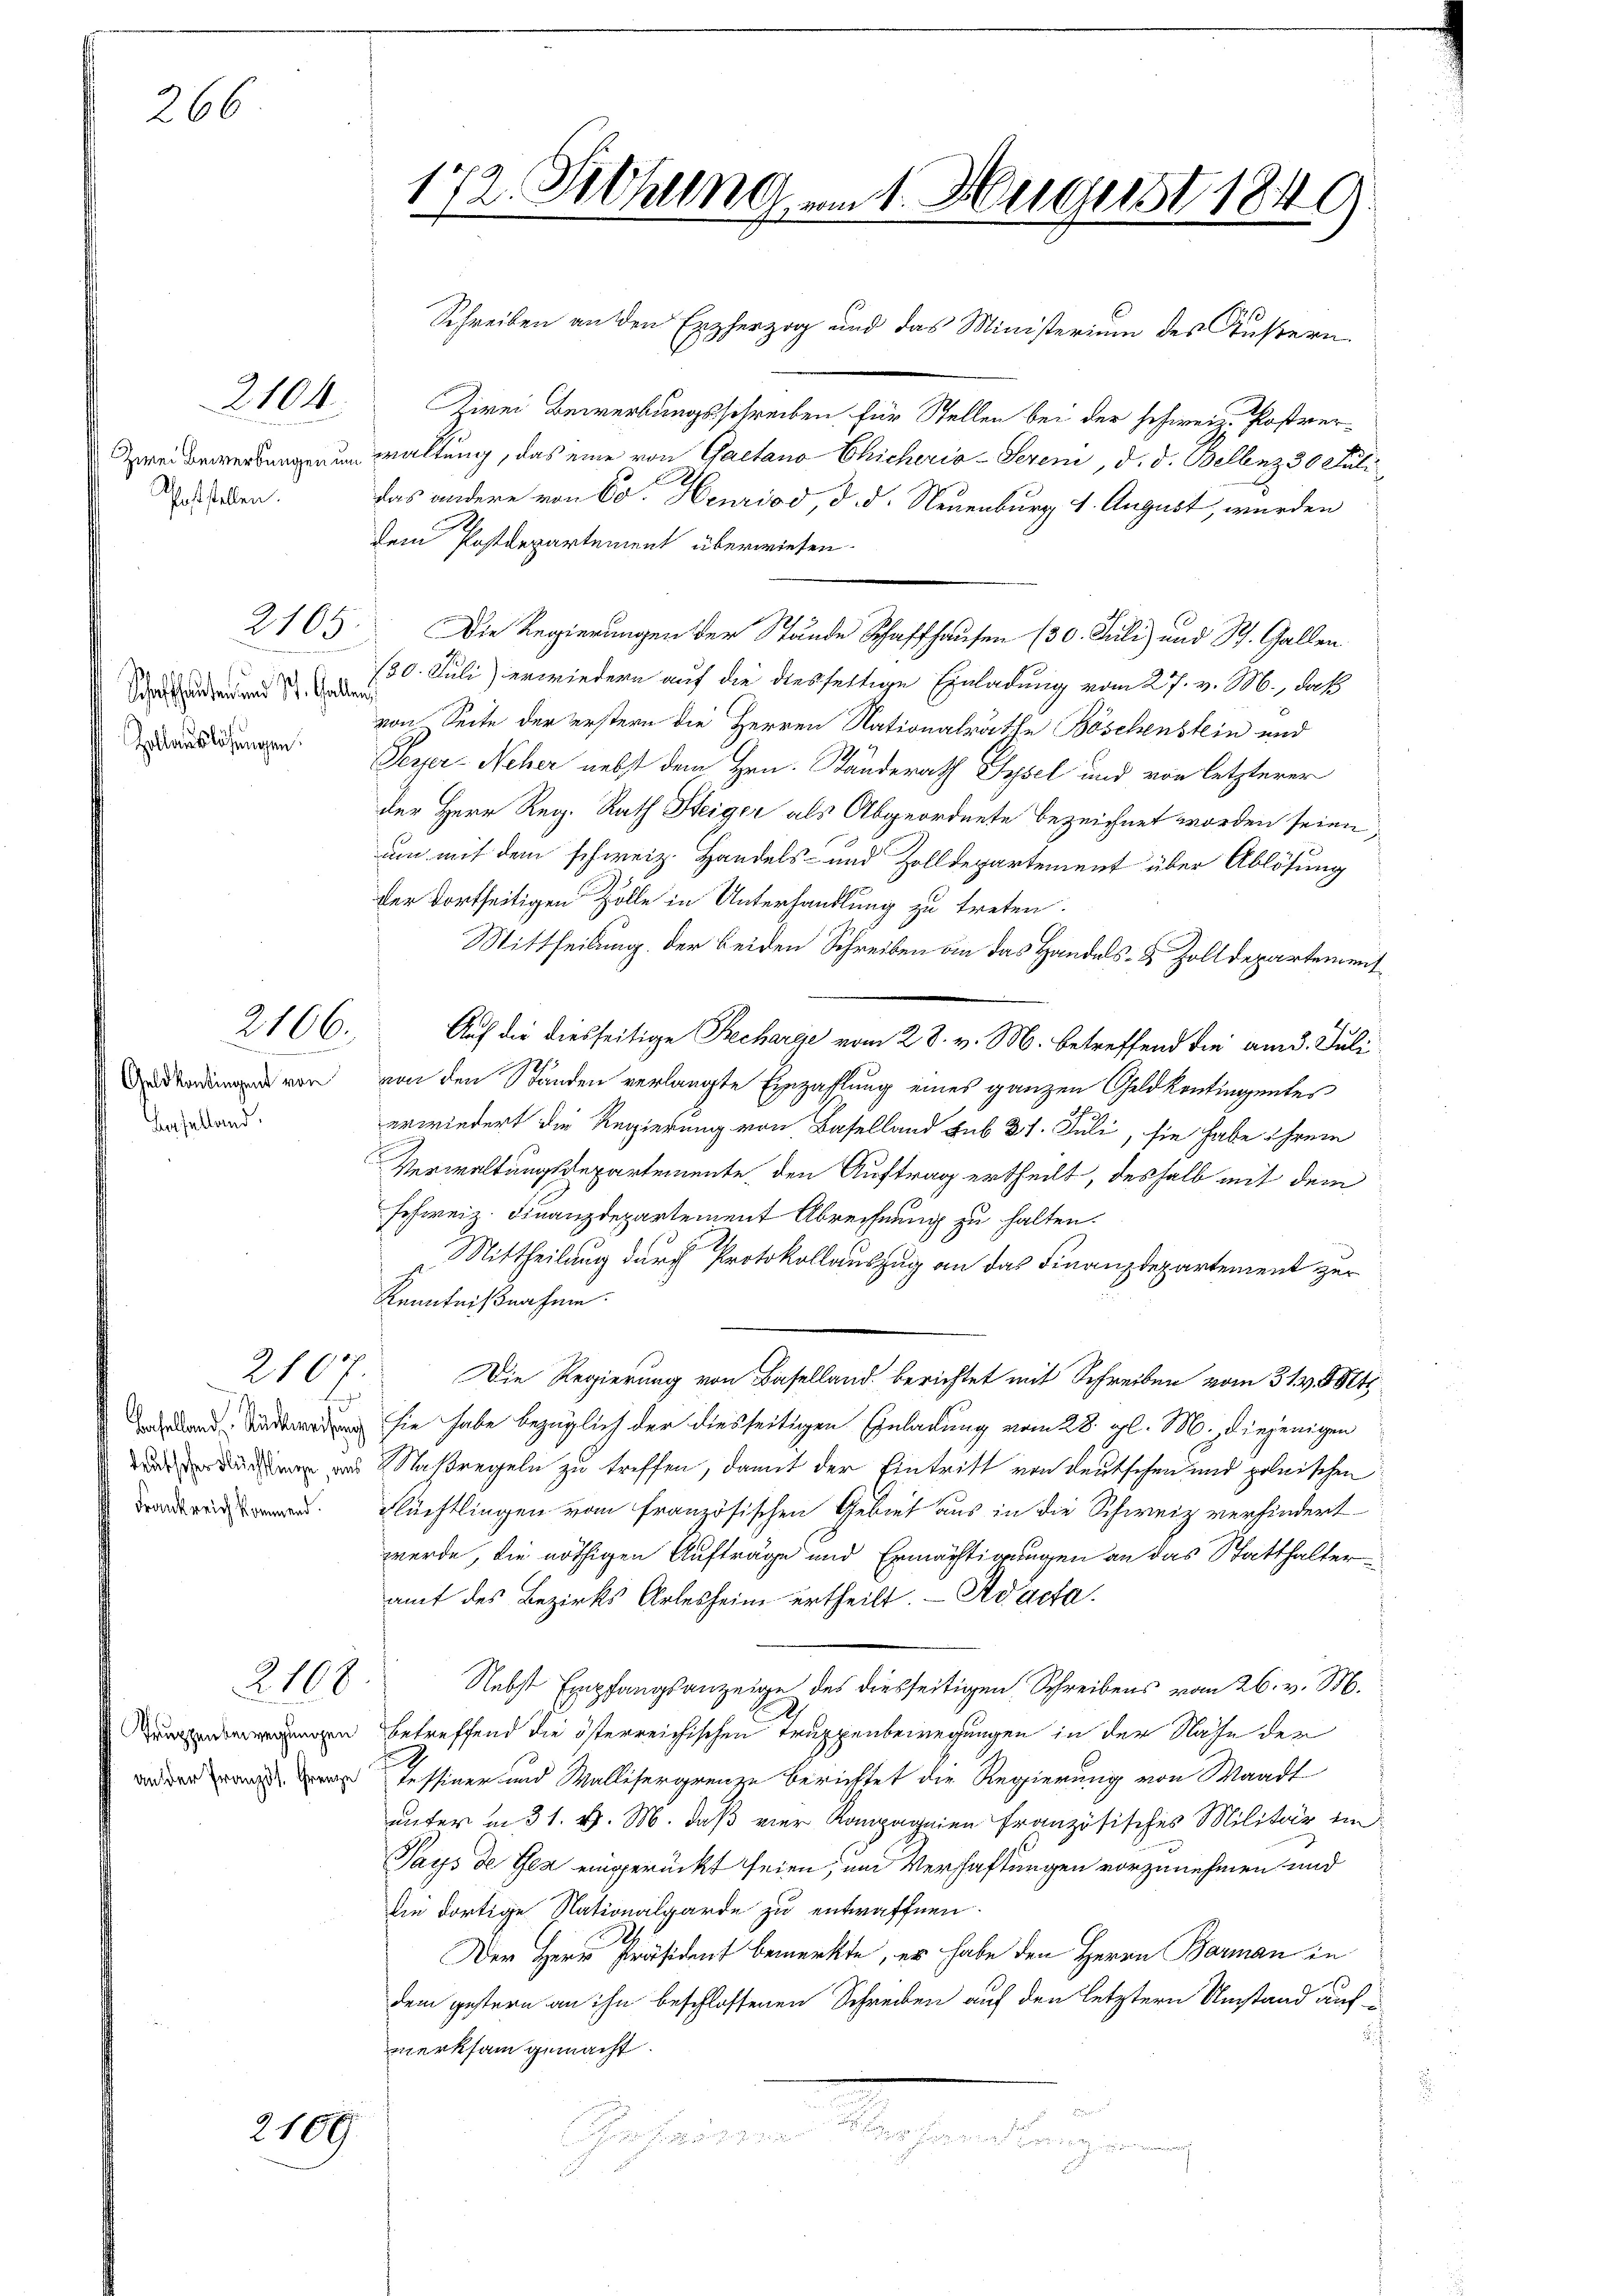
266

Zwei Bewerbungen und
Poststellen.

Schaffhausen und St. Gallen
Zollauslösungen.

2107

2104

2165.

2166.

Geld kontingent von
Baselland.

Baselland Rückweisung
deutscher Flüchtlinge, aus
Frankreich kommend.

2108

Truppenbewegungen
an der Französ. Grenze

2109

172. Diehung am 1. August 1849

Schreiben an den Erzherzog und das Ministerium des Äußern.
Zirei Bewerbungsschreiben für Stellen bei der schweiz. Postverwaltung, das eine von Gaetano Chicheria-Seren, d. d. Bellenz 30 Juli
das andere von Co. Henriod, d. d. Neuenburg 1. August, wurden
dem Postdepartement überwiesen.
Die Regierungen der Stände Schaffhausen (30. Juli) und St. Gallen.
(30. Juli) erwiedern auf die diesfaltige Einladung vom 27. v. M., daß
von Seite der erstern die Herren Nationalräthe Böschenstein und
Sezzer-Neher nebst dem Hrn. Handerath Sysel und von letzterer
der Herr Reg. Rath Heiger als Abgeordnete bezeichnet worden seien,
um mit dem schweiz. Handels- und Zolldepartement über Ablösung
der dortheiligen Zolle in Unterhandlung zu treten.
Mittheilung der beiden Schreiben an das Handels- & Zolldepartement
Auf die diesseitige Recharge vom 28. v. M. betreffend die am 3. Juli
von den Ständen verlangte Einzahlung eines ganzen Geld kontingentes
erwiedert die Regierung von Baselland sub 27. Juli, sie habe ihrem
Verwaltungsdepartemente, den Auftrag ertheilt, deshalb mit dem
schweiz. Finanzdepartement Abrechnung zu halten.
Mittheilung durch Protokollauszug an das Finanzdepartement zur
Kenntnißnahme.
Die Regierung von Baselland berichtet mit Schreiben vom 31. v. 884.
sie habe bezüglich der diesseitigen Einladung vom 28. gl. M. diejenigen
aßregeln zu treffen, damit der Eintritt von deutschen und polnischen
Flüchtlingen vom französischen Gebiet aus in die Schweiz verhindert
werde, die nöthigen Aufträge und Ermächtigungen an das Statthalter
amt des Bezirks Arlesheim ertheilt. - Adacta.
Nebst Empfangsanzeige des diesseitigen Schreibens vom 26. v. M.
betreffend die österreichischen Truppenbewegungen in der Nähe der
Tessiner und Wallisergrenze berichtet die Regierung von Waadt
unter in 31. v. M. daß vier Kompagnien französisches Militär ein
Pays de Ges eingerückt seien, um Verhaftungen vorzunehmen und
Die dortige Nationalgarde zu entwaffnen.
Der Herr Präsident bemerkte, er habe den Herrn Borman in
dem gestern an ihn beschlossenen Schreiben auf den letztern Umstand auf
i
merksam gemacht.
e

a